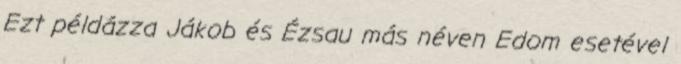
Ezt példázza Jákob és Ézsau más néven Edom esetével